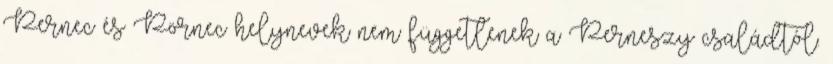
Pernec és Pörnec helynevek nem függetlenek a Perneszy családtól.